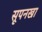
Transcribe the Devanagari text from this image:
सूपनखा